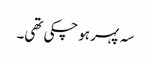
سہ پہر ہوچکی تھی۔